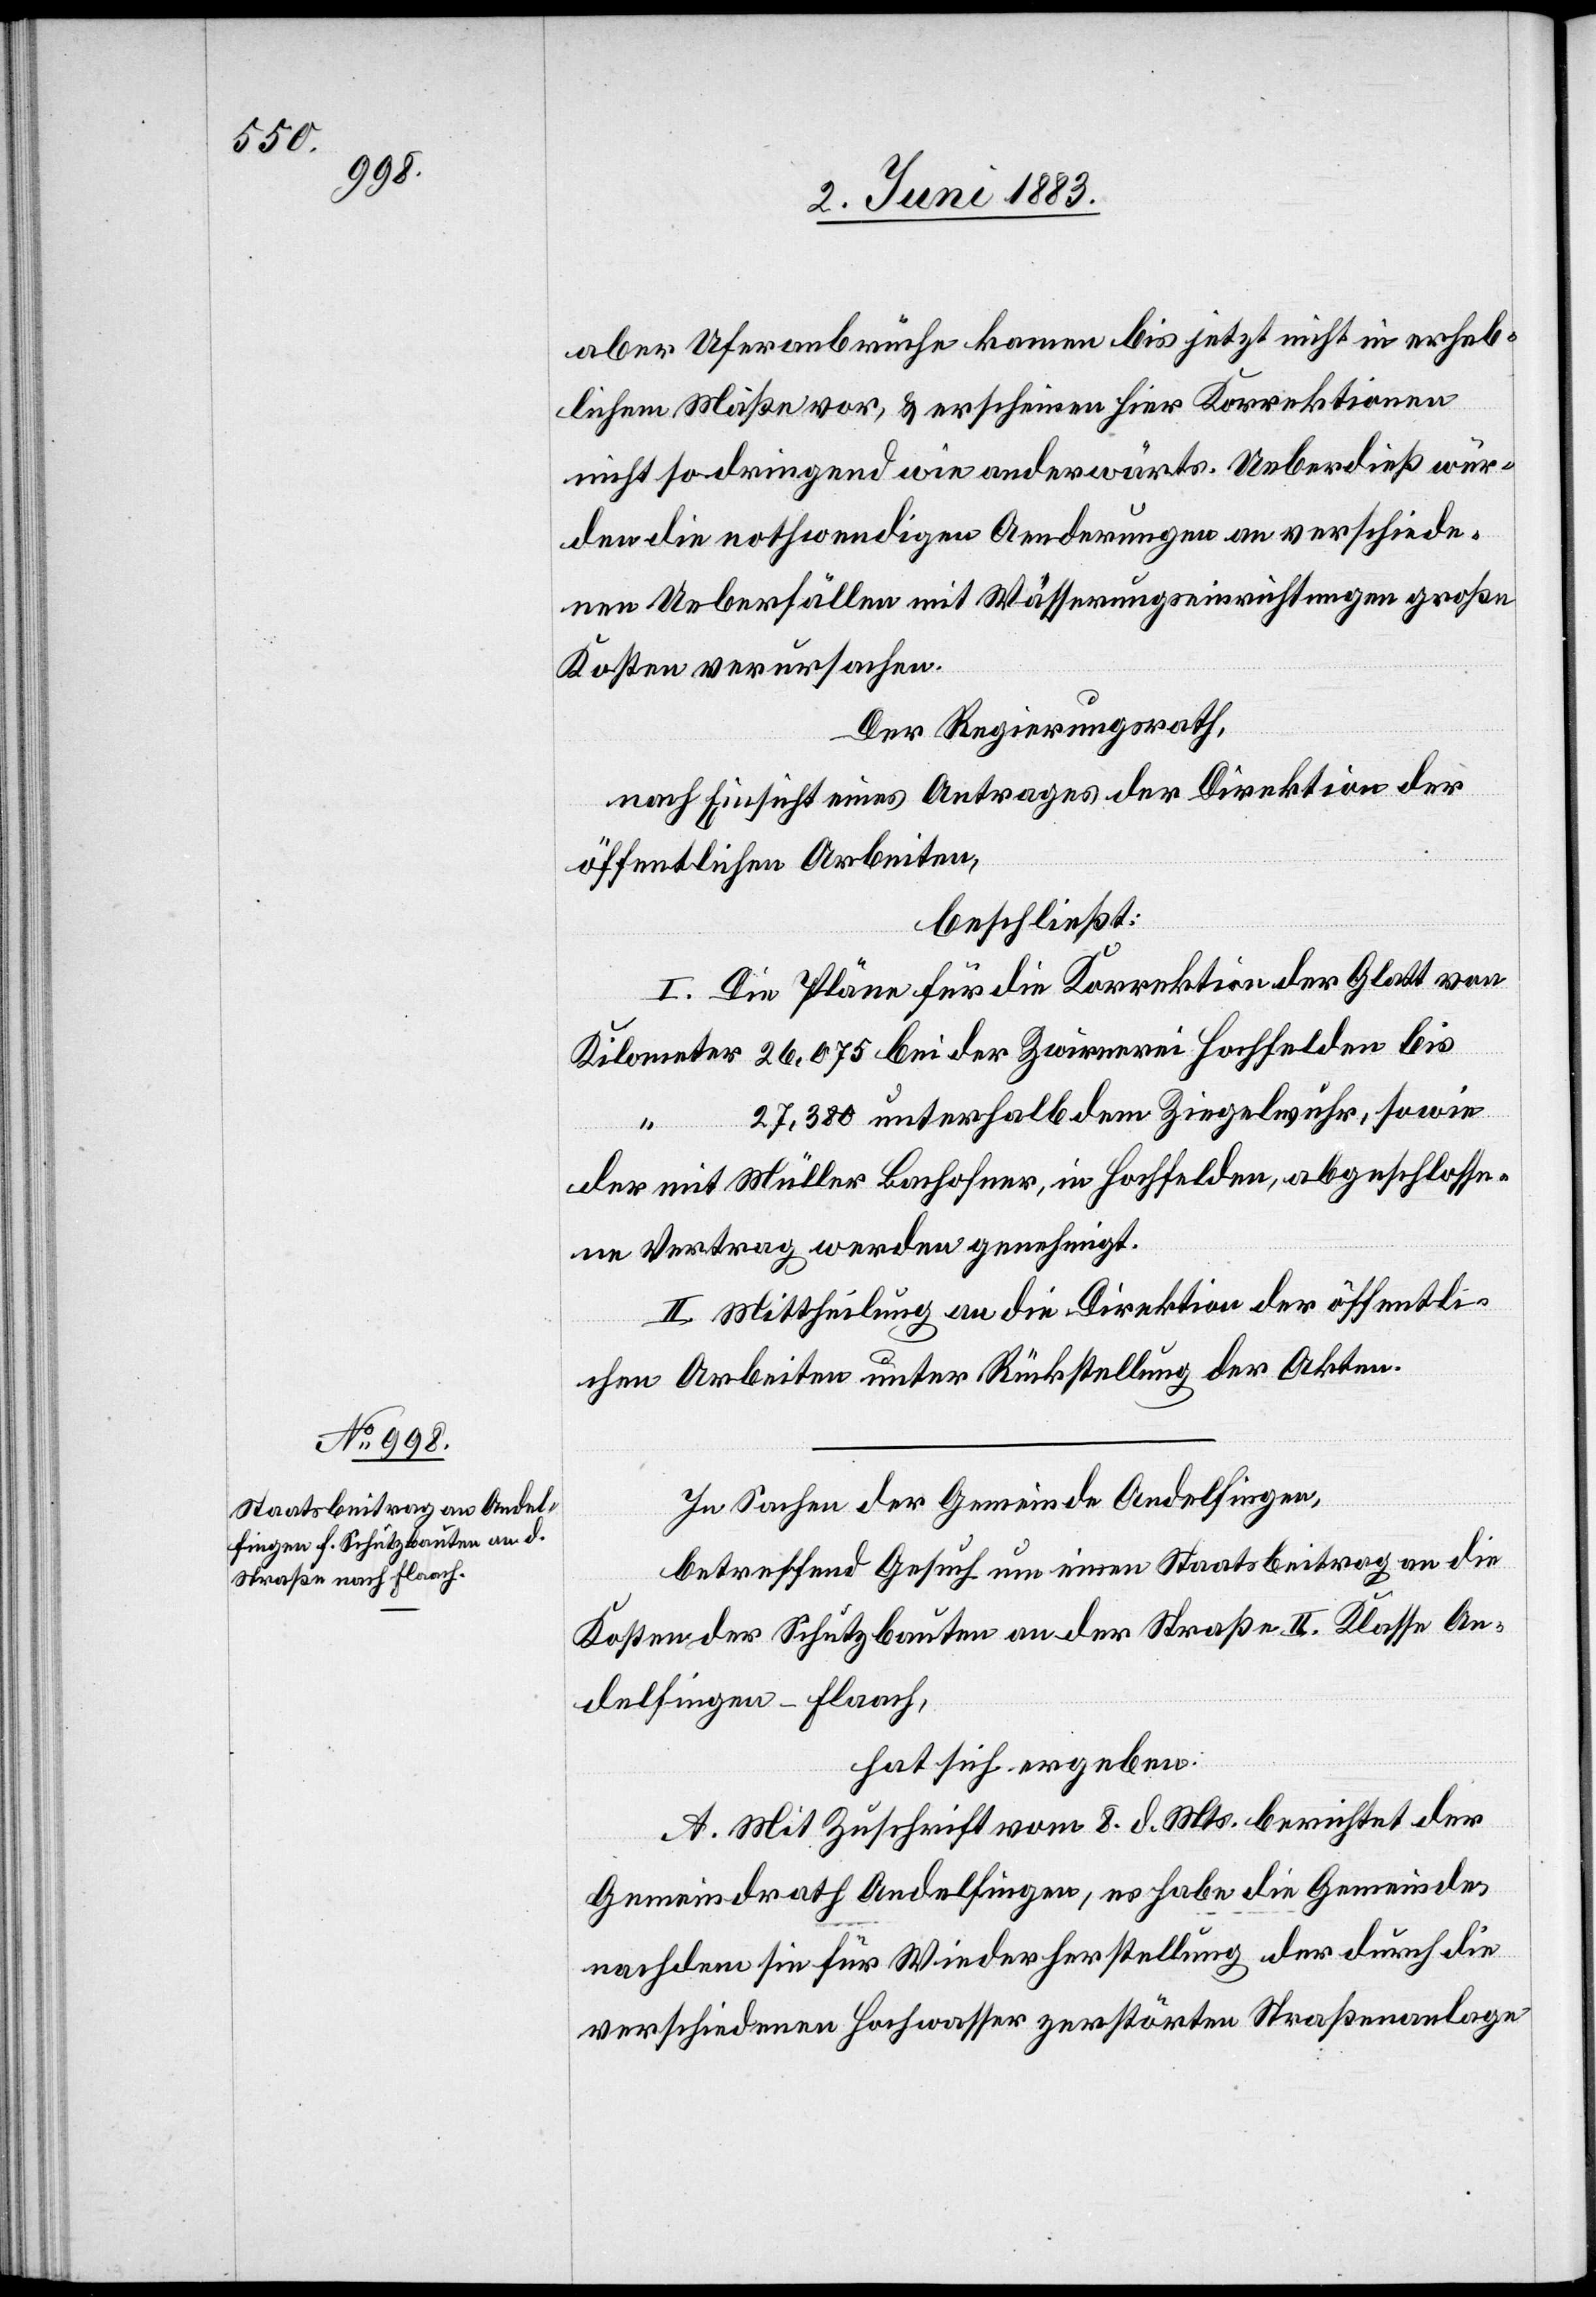
aber Uferanbrüche kamen bis jetzt nicht in erheb¬
lichem Maße vor, & erscheinen hier Korrektionen
nicht so dringend wie anderwärts. Ueberdieß wür¬
den die nothwendigen Aenderungen an verschiede¬
nen Ueberfällen mit Wässerungseinrichtungen große
Kosten verursachen.
Der Regierungsrath,
nach Einsicht eines Antrages der Direktion der
öffentlichen Arbeiten,
beschließt:
I. Die Pläne für die Korrektion der Glatt von
Kilometer 26,075 bei der Zwirnerei Hochfelden bis
27,380 unterhalb dem Ziegelwuhr, sowie
der mit Müller Bachofner, in Hochfelden, abgeschlosse¬
ne Vertrag werden genehmigt.
II. Mittheilung an die Direktion der öffentli¬
chen Arbeiten unter Rückstellung der Akten.
In Sachen der Gemeinde Andelfingen,
betreffend Gesuch um einen Staatsbeitrag an die
Kosten der Schutzbauten an der Straße II. Klasse An¬
delfingen–Flaach,
hat sich ergeben:
A. Mit Zuschrift vom 8. d. Mts. berichtet der
Gemeindrath Andelfingen, es habe die Gemeinde,
nachdem sie für Wiederherstellung der durch die
verschiedenen Hochwasser zerstörten Straßenanlage